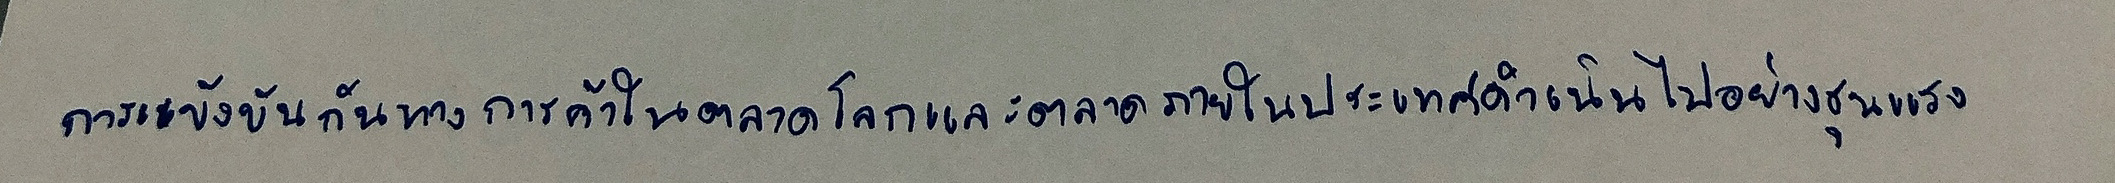
การแข้งขันกันทางการค้าในตลาดโลกและตลาดภายในประเทศดำเนินไปอย่างรุนแรง